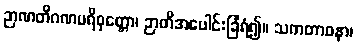
ဉာဏတိဂဏပရိဝုတ္တော၊ ဉာတိအပေါင်းခြံရံ၍။ သကတာဝနာ၊